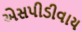
એસપીડીવાય